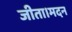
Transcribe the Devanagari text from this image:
जीता।मदन